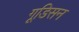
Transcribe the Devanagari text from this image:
गूडिसन